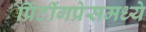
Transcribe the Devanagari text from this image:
प्रिंटींगप्रेसमध्ये